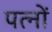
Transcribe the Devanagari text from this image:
पत्नों